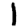
Digit: 1